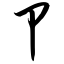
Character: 卩